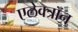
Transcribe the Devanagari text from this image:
एलेक्त्रॉन